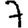
Digit: 7